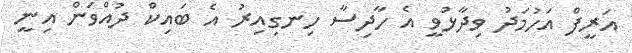
އަރީފް އަހުމަދު ވިދާޅުވީ އެ ހާދިސާ ހިނގިއިރު އެ ބައިކް ދުއްވަން އިނީ